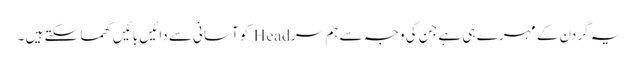
یہ گردن کے مہرے ہی ہے جن کی وجہ سے ہم سر Head کو آسانی سے دائیں بائیں گھما سکتے ہیں ۔